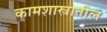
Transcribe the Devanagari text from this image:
कामशास्त्रातील